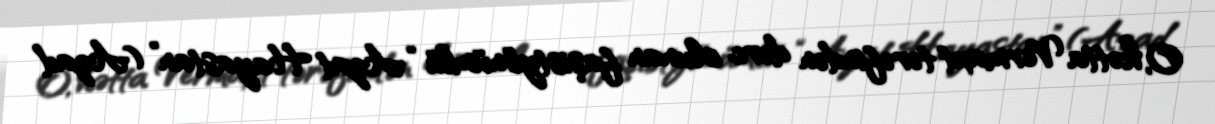
O, hətta Vermaxt tərəfindən dərc olunan faşistyönümlü “Azat Hayastan” (Azad